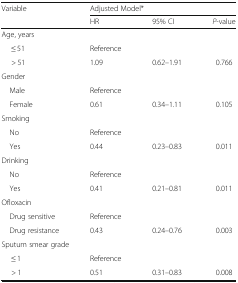
<table><thead><tr><td rowspan="2"><b>Variable</b></td><td colspan="3"><b>Adjusted Model*</b></td></tr><tr><td><b>HR</b></td><td><b>95% CI</b></td><td><b><i>P</i>-value</b></td></tr></thead><tbody><tr><td colspan="4">Age, years</td></tr><tr><td>≤ 51</td><td>Reference</td><td></td><td></td></tr><tr><td>&gt; 51</td><td>1.09</td><td>0.62–1.91</td><td>0.766</td></tr><tr><td colspan="4">Gender</td></tr><tr><td> Male</td><td>Reference</td><td></td><td></td></tr><tr><td> Female</td><td>0.61</td><td>0.34–1.11</td><td>0.105</td></tr><tr><td colspan="4">Smoking</td></tr><tr><td> No</td><td>Reference</td><td></td><td></td></tr><tr><td> Yes</td><td>0.44</td><td>0.23–0.83</td><td>0.011</td></tr><tr><td colspan="4">Drinking</td></tr><tr><td> No</td><td>Reference</td><td></td><td></td></tr><tr><td> Yes</td><td>0.41</td><td>0.21–0.81</td><td>0.011</td></tr><tr><td colspan="4">Ofloxacin</td></tr><tr><td> Drug sensitive</td><td>Reference</td><td></td><td></td></tr><tr><td> Drug resistance</td><td>0.43</td><td>0.24–0.76</td><td>0.003</td></tr><tr><td colspan="4">Sputum smear grade</td></tr><tr><td>≤ 1</td><td>Reference</td><td></td><td></td></tr><tr><td>&gt; 1</td><td>0.51</td><td>0.31–0.83</td><td>0.008</td></tr></tbody></table>